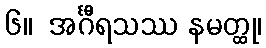
၆။  အင်္ဂီရသဿ နမတ္ထု၊